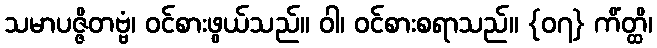
သမာပဇ္ဇိတဗ္ဗံ၊ ဝင်စားဖွယ်သည်။ ဝါ၊ ဝင်စားစရာသည်။ {၀၇} ကိံတ္ထိ၊